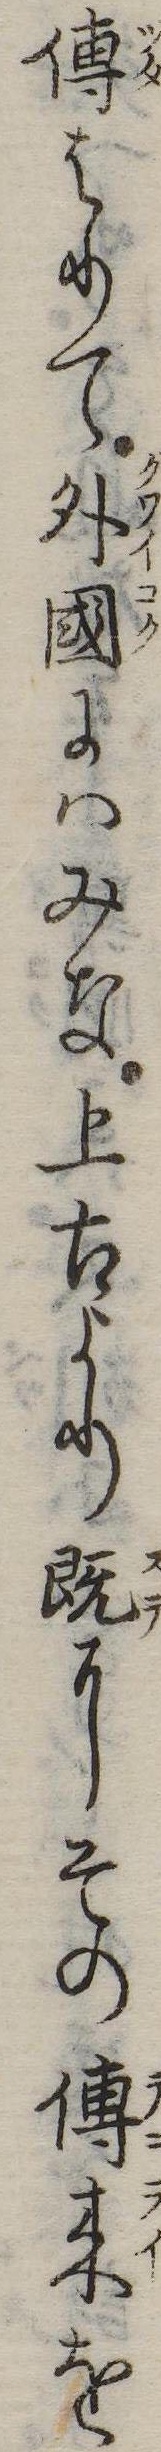
伝はりて外国にはみな上古より既にその伝来を